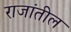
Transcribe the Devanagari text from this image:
राजांतील